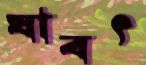
যাবৎ